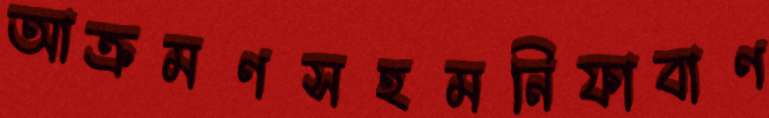
আক্রমণসহমনিফাবাণ